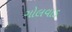
ગોલવાડ